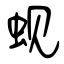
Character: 蚬